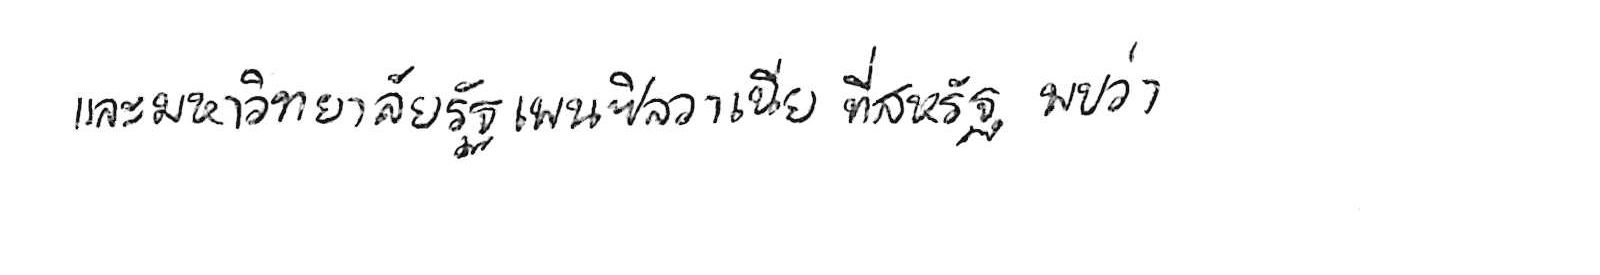
และมหาวิทยาลัยรัฐเพนซิลวาเนีย ที่สหรัฐ พบว่า